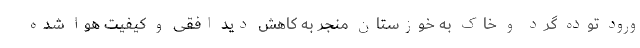
ورود توده گرد و خاک به خوزستان منجر به کاهش دید افقی و کیفیت هوا شده